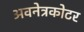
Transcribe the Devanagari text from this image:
अवनेत्रकोटर